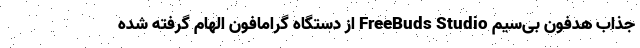
جذاب هدفون بی‌سیم FreeBuds Studio از دستگاه گرامافون الهام گرفته شده